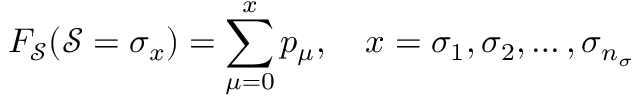
F _ { \mathcal { S } } ( \mathcal { S } = \sigma _ { x } ) = \sum _ { \mu = 0 } ^ { x } p _ { \mu } , \quad x = { \sigma } _ { 1 } , { \sigma } _ { 2 } , \dotsc , { \sigma } _ { n _ { \sigma } }